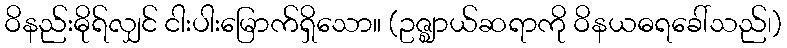
ဝိနည်းဓိုရ်လျှင် ငါးပါးမြောက်ရှိသော။ (ဥဇ္ဈာယ်ဆရာကို ဝိနယဓရခေါ်သည်၊)